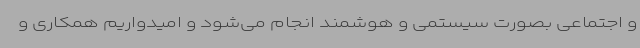
و اجتماعی بصورت سیستمی و هوشمند انجام می‌شود و امیدواریم همکاری و